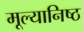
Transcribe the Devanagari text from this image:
मूल्यानिष्ठ